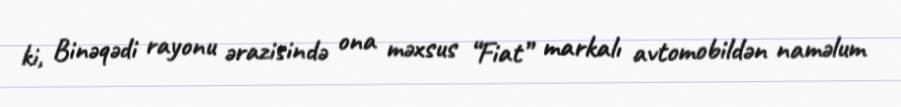
ki, Binəqədi rayonu ərazisində ona məxsus “Fiat” markalı avtomobildən naməlum